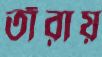
তাঁরায়